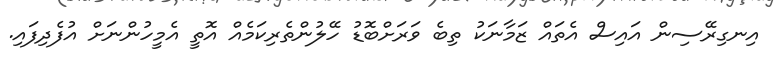
އިނގިރޭސިން އައިސް އެތައް ޒަމާނަކު ތިބެ ވަރަށްބޮޑު ހޭލުންތެރިކަމެއް އޮތީ އެމީހުންނަށް އުފެދިފައި.